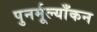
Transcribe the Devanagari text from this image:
पुनर्मूल्याँकन